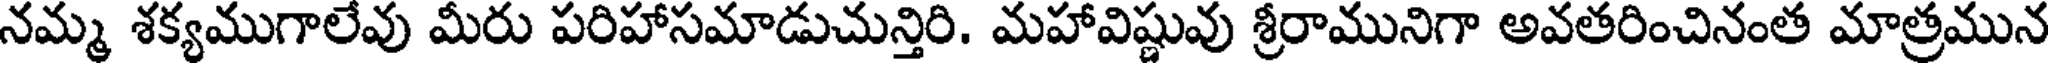
నమ్మ శక్యముగాలేవు మీరు పరిహాసమాడుచున్తిరి. మహావిష్ణువు శ్రీరామునిగా అవతరించినంత మాత్రమున